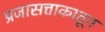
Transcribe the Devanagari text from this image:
प्रजासत्ताकातून